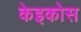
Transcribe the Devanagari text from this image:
केइकोस